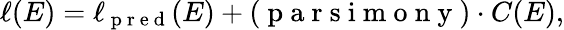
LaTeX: \ell(E)=\ell_{\mathrm{~p~r~e~d~}}(E)+(\mathrm{~p~a~r~s~i~m~o~n~y~})\cdot C(E),